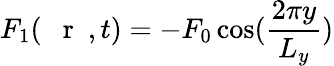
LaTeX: F_{1}(\mathrm{~{~\mathbf~r~}~},t)=-F_{0}\cos(\frac{2\pi y}{L_{y}})